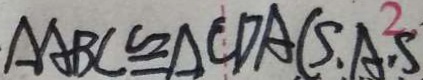
\Delta A B C \cong \Delta C D A ( S . A . S